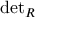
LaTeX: { \mathrm { d e t } } _ { R }